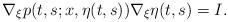
LaTeX: \begin{align*}\nabla_\xi p(t,s;x,\eta(t,s)) \nabla_\xi \eta(t,s)=I.\end{align*}